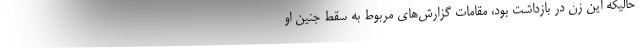
حالیکه این زن در بازداشت بود، مقامات گزارش‌های مربوط به سقط جنین او